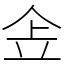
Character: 𠈔